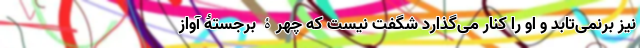
نیز برنمی‌تابد و او را کنار می‌گذارد شگفت نیست که چهرۀ برجستۀ آواز